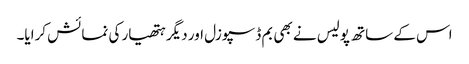
اس کے ساتھ پولیس نے بھی بم ڈسپوزل اور دیگر ہتھیار کی نمائش کرایا۔